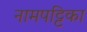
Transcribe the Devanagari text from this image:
नामपट्टिका